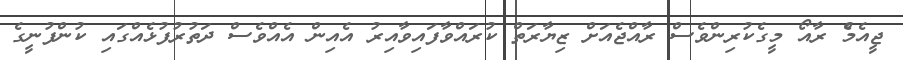
ޖީއެމްެ ރާއޯ މީގެކުރިންވެސް ރާއްޖެއަށް ޒިޔާރަތް ކުރައްވާފައިވާއިރު އެއިން އެއްވެސް ދަތުުރުފުޅެއްގައި ކުންފުނީގެ